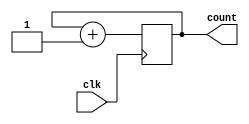
module CascadedCounter(
    input wire clk,
    output reg [7:0] count
);

reg [7:0] counter1;
reg [7:0] counter2;
reg [7:0] counter3;

always @(posedge clk) begin
    counter1 <= counter1 + 1;
    if (counter1 == 8'hFF) begin
        counter2 <= counter2 + 1;
        if (counter2 == 8'hFF) begin
            counter3 <= counter3 + 1;
        end
    end
end

assign count = {counter3, counter2, counter1};

endmodule